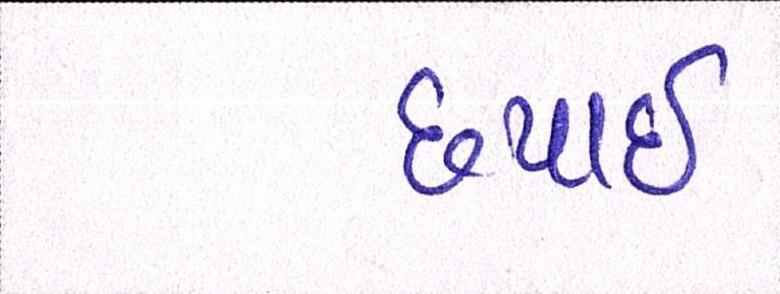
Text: છપાઈ